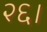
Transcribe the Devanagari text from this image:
२६।